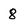
Character: 8